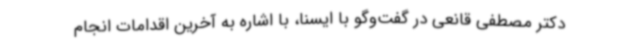
دکتر مصطفی قانعی در گفت‌وگو با ایسنا، با اشاره به آخرین اقدامات انجام